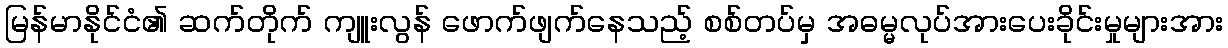
မြန်မာနိုင်ငံ၏ ဆက်တိုက် ကျူးလွန် ဖောက်ဖျက်နေသည့် စစ်တပ်မှ အဓမ္မလုပ်အားပေးခိုင်းမှုများအား